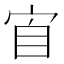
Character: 𭓫